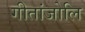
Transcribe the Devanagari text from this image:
गीतांजोलि